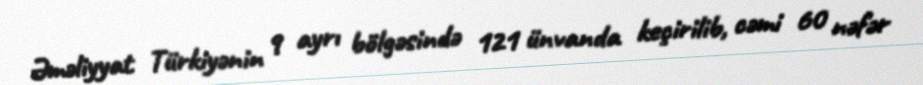
Əməliyyat Türkiyənin 9 ayrı bölgəsində 121 ünvanda keçirilib, cəmi 60 nəfər